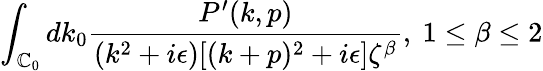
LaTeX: \int_{\mathbb{C}_{0}}dk_{0}{\frac{{P^{\prime}(k,p)}}{{(k^{2}+i\epsilon)[(k+p)^{2}+i\epsilon]\zeta^{\beta}}}},\ 1\leq\beta\leq2